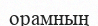
орамның